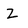
Character: Z